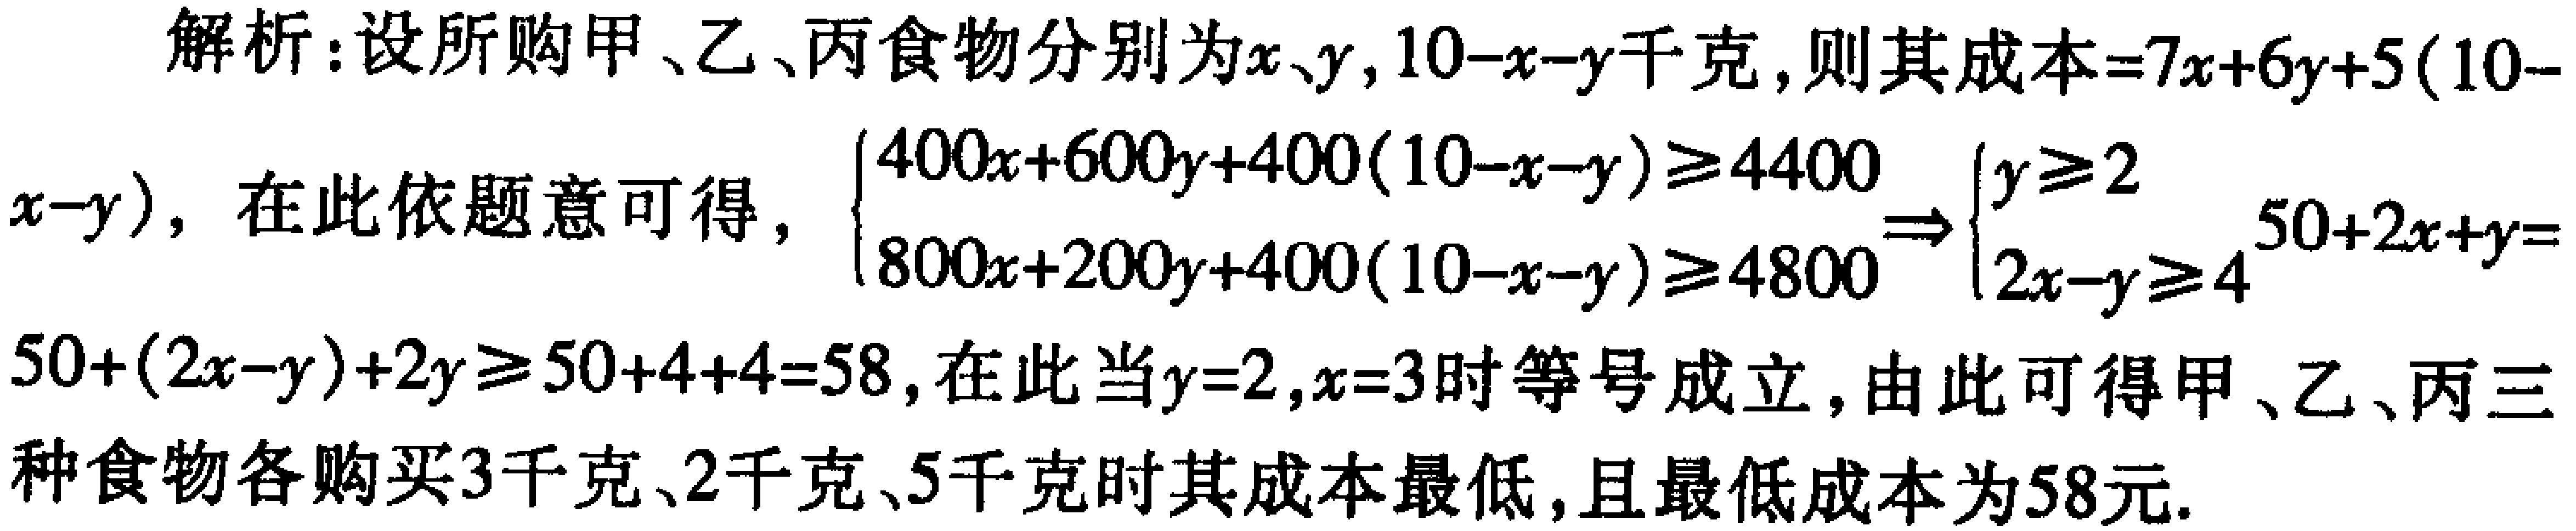
解析：设所购甲、乙、丙食物分别为\(x、y,10 - x - y\)千克，则其成本\(=7x + 6y + 5(10 - x - y)\)，在此依题意可得，\(\begin{cases}400x + 600y + 400(10 - x - y)\geq4400\\800x + 200y + 400(10 - x - y)\geq4800\end{cases}\Rightarrow\begin{cases}y\geq2\\2x - y\geq4\end{cases}\)，\(50 + 2x + y = 50+(2x - y)+2y\geq50 + 4 + 4 = 58\)，在此当\(y = 2,x = 3\)时等号成立，由此可得甲、乙、丙三种食物各购买\(3\)千克、\(2\)千克、\(5\)千克时其成本最低，且最低成本为\(58\)元.